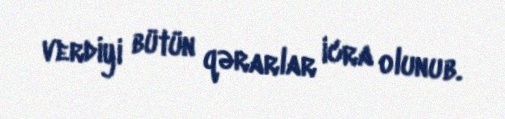
verdiyi bütün qərarlar icra olunub.